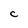
Character: c